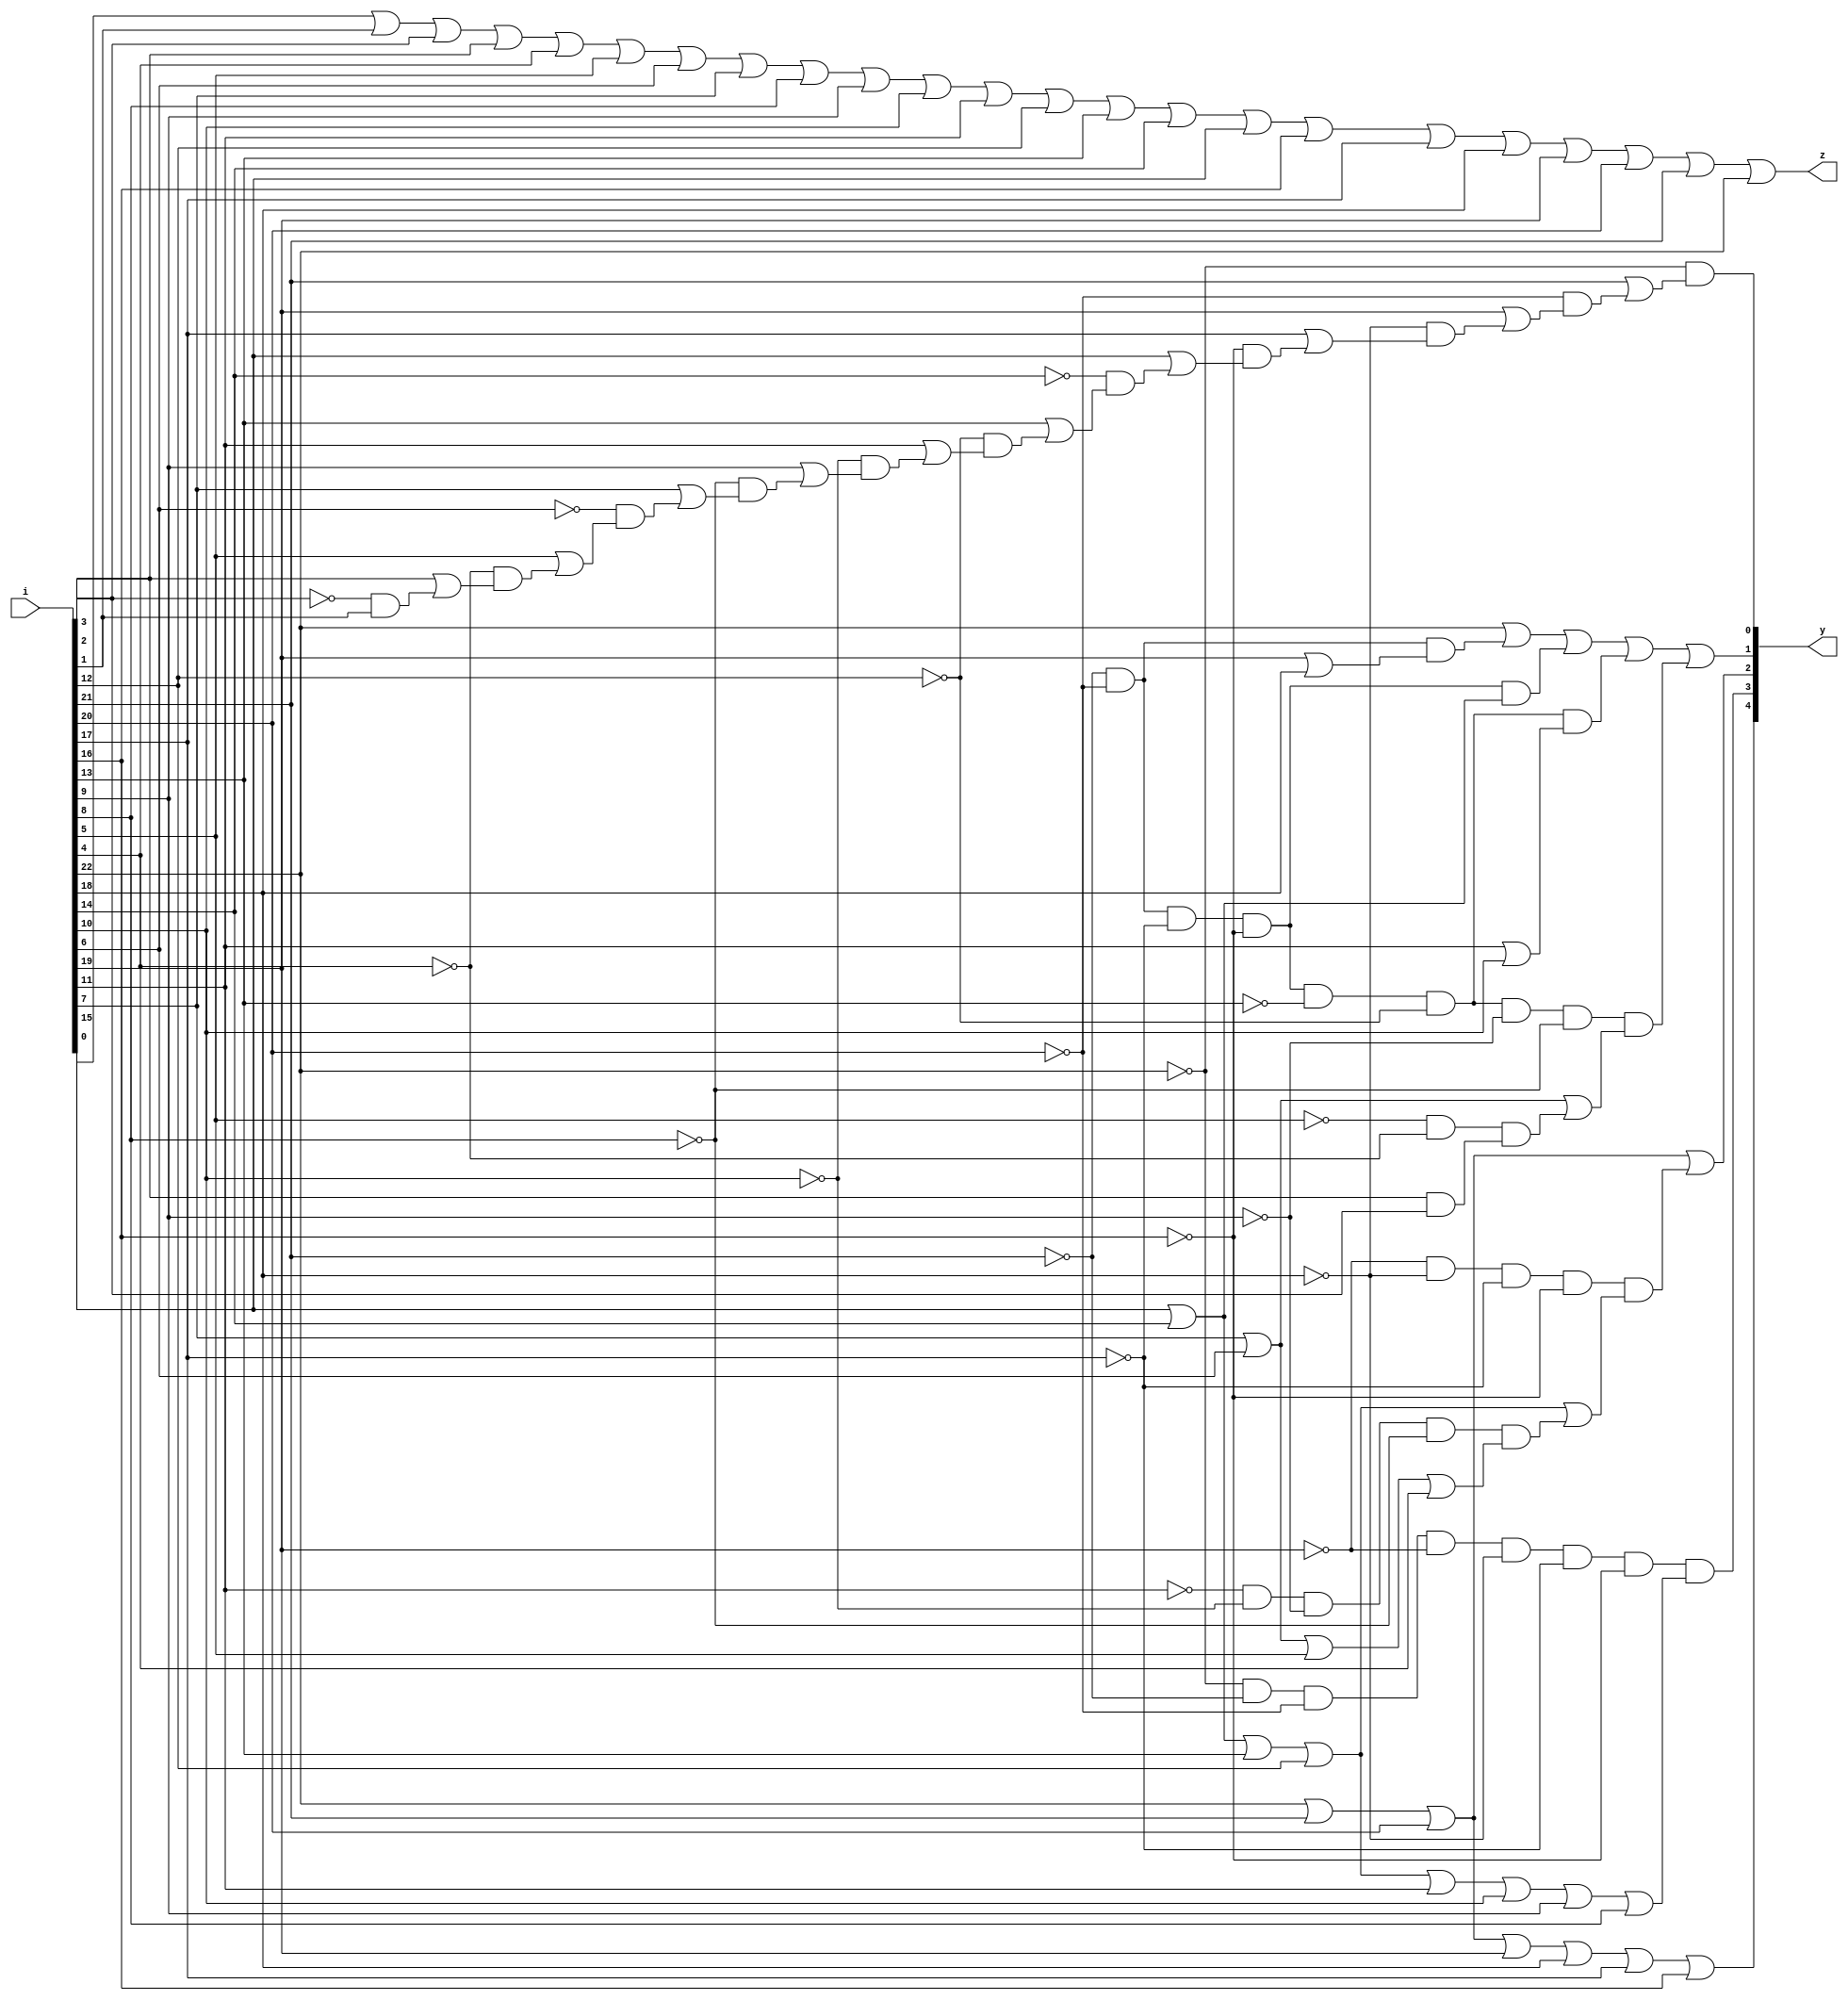
module Prio_Enco(i,y,z);
input [22:0]i;
output [4:0]y;
output z;

assign z= i[0] | i[1] | i[2] | i[3] | i[4] | i[5] | i[6] | i[7] | i[8]|i[9]|i[10]|i[11]|i[12]|i[13]|i[14]|i[15] | i[16]|i[17]|i[18]|i[19]|i[20]|i[21]|i[22];
assign y[4]=i[22]|i[21]|i[20]|i[19]|i[18]|i[17]|i[16];
assign y[3]=~i[22] & ~i[21] & ~i[20] & ~i[19] & ~i[18] & ~i[17] & ~i[16]  & (i[15] | i[14] | i[13] | i[12] | i[11] | i[10] | i[9] | i[8]);
assign y[2]=i[22] | i[21] | i[20] | (~i[19] & ~i[18] & ~i[17] & ~i[16]) & (i[15] | i[14] | i[13] | i[12] | (~i[11] & ~i[10] & ~i[9] & ~i[8]) & (i[7] | i[6] | i[5] | i[4]));
assign y[1]=i[22] | (~i[21] & ~i[20]) & (i[19] | i[18]) | (~i[21] & ~i[20] & ~i[17] & ~i[16]) & (i[15] | i[14]) | (~i[21] & ~i[20] & ~i[17] & ~i[16] & ~i[13] & ~i[12]) & (i[11] | i[10]) | (~i[21] & ~i[20] & ~i[17] & ~i[16] & ~i[13] & ~i[12] & ~i[9] & ~i[8]) & ((i[7] | i[6]) | (~i[5] & ~i[4]) & (i[3] & i[2]));
assign y[0]=~i[22] & (i[21] | ~i[20] & (i[19] | ~i[18] & (i[17] | ~i[16] & (i[15] | ~i[14] & (i[13] | ~i[12] & (i[11] | ~i[10] & (i[9] | ~i[8] & (i[7] | ~i[6] & (i[5] | ~i[4] & (i[3] | ~i[2] & (i[1])))))))))));

endmodule